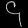
Digit: ၄